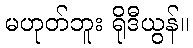
မဟုတ်ဘူး ရိုဒီယွန်။